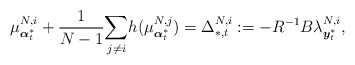
\begin{align*}\mu^{N,i}_{\boldsymbol{\alpha}^*_t}+\frac{1}{N-1}\underset{j\neq i}{\sum}h(\mu^{N,j}_{\boldsymbol{\alpha}^*_t})=\Delta_{*,t}^{N,i}:=-R^{-1}B\lambda^{N,i}_{\boldsymbol{y}_t^{*}},\end{align*}